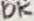
Text: 10K